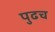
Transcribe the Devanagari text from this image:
पुढच